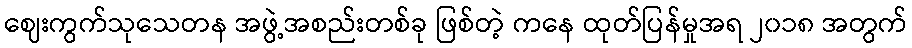
ဈေးကွက်သုသေတန အဖွဲ့အစည်းတစ်ခု ဖြစ်တဲ့ ကနေ ထုတ်ပြန်မှုအရ ၂၀၁၈ အတွက်